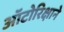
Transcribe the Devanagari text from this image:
ऑटोरिक्षाने